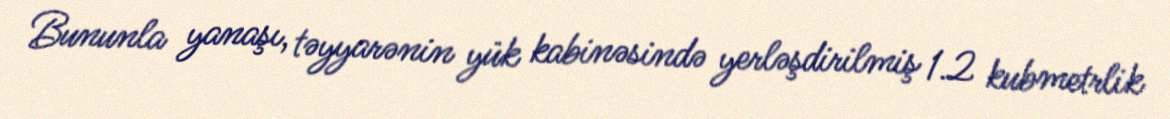
Bununla yanaşı, təyyarənin yük kabinəsində yerləşdirilmiş 1.2 kubmetrlik